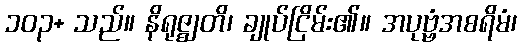
၁၀၃+ သည်။ နိရုဇ္ဈတိ၊ ချုပ်ငြိမ်း၏။ အပုဗ္ဗံအစရိမံ၊